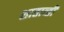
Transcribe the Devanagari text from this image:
शाताब्ती